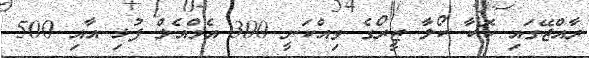
ރާއްޖޭގައި ކޮކާ ކޯލާ ޒީރޯގެ ވިއްކަނީ 300 އެމްއެލް ފުޅި އާއި 500